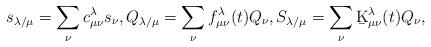
LaTeX: \begin{align*}s_{\lambda/\mu} = \sum_{\nu} c^{\lambda}_{\mu\nu} s_{\nu},Q_{\lambda/\mu} = \sum_{\nu} f^{\lambda}_{\mu\nu}(t) Q_{\nu},S_{\lambda/\mu} = \sum_{\nu} \b{K}^{\lambda}_{\mu\nu}(t) Q_{\nu},\end{align*}